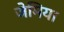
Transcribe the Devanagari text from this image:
जेमिया